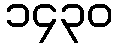
၁၄၃၀